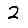
Digit: 2